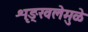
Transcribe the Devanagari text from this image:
शृङ्खलेमुळे